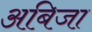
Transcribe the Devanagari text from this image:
अबिजा